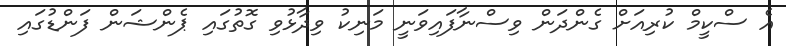
އެ ސްކީމް ކުރިއަށް ގެންދަން ވިސްނާފައިވަނީ މަނިކު ވިދާޅުވި ގޮތުގައި ޕެންޝަން ފަންޑުގައި